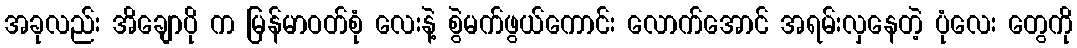
အခုလည်း အိချောပို က မြန်မာဝတ်စုံ လေးနဲ့ စွဲမက်ဖွယ်ကောင်း လောက်အောင် အရမ်းလှနေတဲ့ ပုံလေး တွေကို